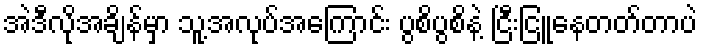
အဲဒီလိုအချိန်မှာ သူ့အလုပ်အကြောင်း ပွစိပွစိနဲ့ ငြီးငြူနေတတ်တာပဲ